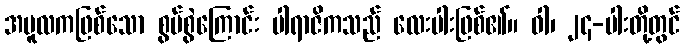
အမူလကဖြစ်သော စွပ်စွဲကြောင်း ပါရာဇိကသည် လေးပါးဖြစ်၏။ ဝါ၊ ၂၄-ပါးတို့တွင်